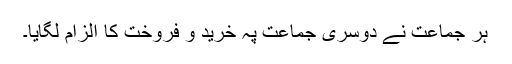
ہر جماعت نے دوسری جماعت پہ خرید و فروخت کا الزام لگایا۔